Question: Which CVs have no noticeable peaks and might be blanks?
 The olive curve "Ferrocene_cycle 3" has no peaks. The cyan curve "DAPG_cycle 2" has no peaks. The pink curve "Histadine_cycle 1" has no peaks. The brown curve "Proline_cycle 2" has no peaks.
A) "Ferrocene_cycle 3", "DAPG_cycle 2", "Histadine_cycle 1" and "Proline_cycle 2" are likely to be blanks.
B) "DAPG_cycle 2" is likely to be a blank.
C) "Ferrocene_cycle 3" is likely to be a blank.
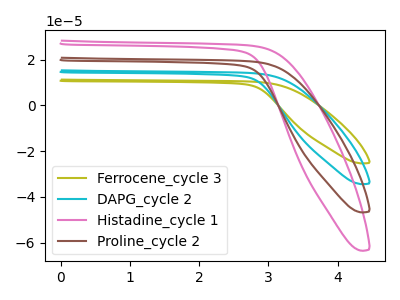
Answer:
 <answer>A) "Ferrocene_cycle 3", "DAPG_cycle 2", "Histadine_cycle 1" and "Proline_cycle 2" are likely to be blanks.</answer>
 <eval>A</eval>